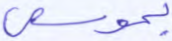
بموسى